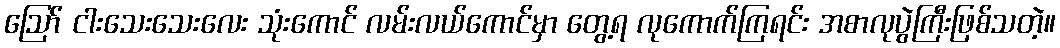
ဪ ငါးသေးသေးလေး သုံးကောင် လမ်းလယ်ကောင်မှာ တွေ့ရ လုကောက်ကြရင်း အစာလုပွဲကြီးဖြစ်သတဲ့။